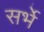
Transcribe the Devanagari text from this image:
सर्भे